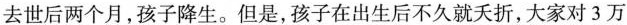
去世后两个月，孩子降生。但是，孩子在出生后不久就夭折，大家对3万